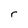
Character: r